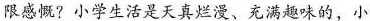
限感慨?小学生活是天真烂漫、充满趣味的，小